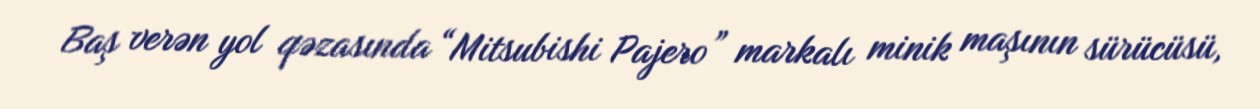
Baş verən yol qəzasında “Mitsubishi Pajero” markalı minik maşının sürücüsü,